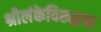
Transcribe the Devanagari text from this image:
श्रीलंकेविरूद्धचा